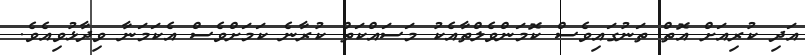
އަދި ކުރިއަށް އޮތް ތަނުގައިވެސް ކޮމަންވެލްތާއެކު މަސައްކަތް ކުރާނެ ކަމަށްވެސް އެކަމަނާ ވިދާޅުވިއެވެ.